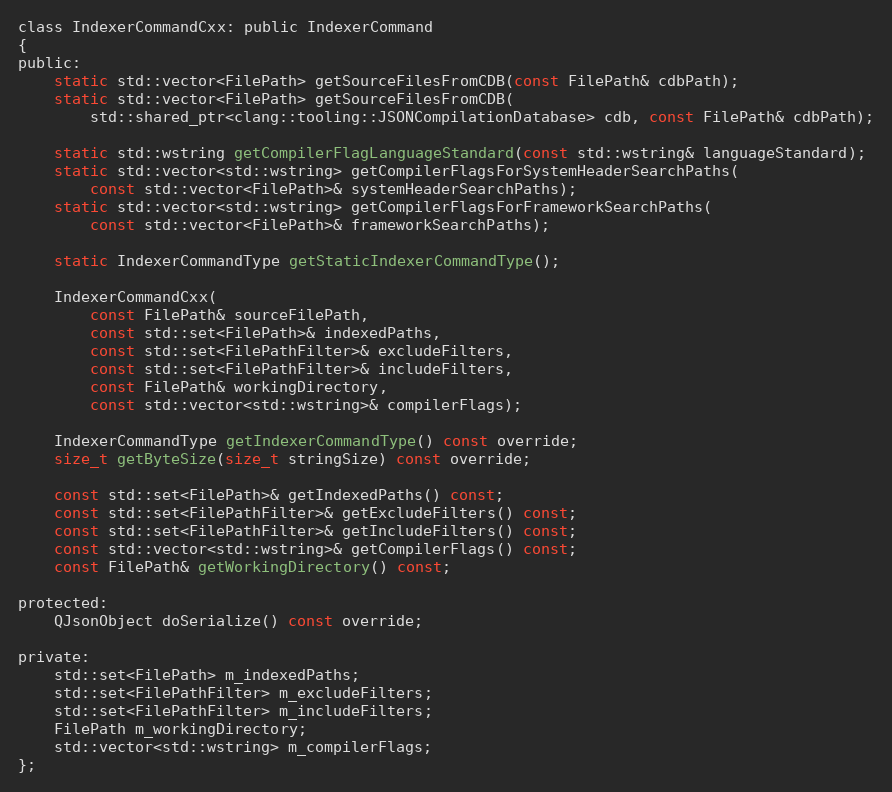
Language: C
class IndexerCommandCxx: public IndexerCommand
{
public:
	static std::vector<FilePath> getSourceFilesFromCDB(const FilePath& cdbPath);
	static std::vector<FilePath> getSourceFilesFromCDB(
		std::shared_ptr<clang::tooling::JSONCompilationDatabase> cdb, const FilePath& cdbPath);

	static std::wstring getCompilerFlagLanguageStandard(const std::wstring& languageStandard);
	static std::vector<std::wstring> getCompilerFlagsForSystemHeaderSearchPaths(
		const std::vector<FilePath>& systemHeaderSearchPaths);
	static std::vector<std::wstring> getCompilerFlagsForFrameworkSearchPaths(
		const std::vector<FilePath>& frameworkSearchPaths);

	static IndexerCommandType getStaticIndexerCommandType();

	IndexerCommandCxx(
		const FilePath& sourceFilePath,
		const std::set<FilePath>& indexedPaths,
		const std::set<FilePathFilter>& excludeFilters,
		const std::set<FilePathFilter>& includeFilters,
		const FilePath& workingDirectory,
		const std::vector<std::wstring>& compilerFlags);

	IndexerCommandType getIndexerCommandType() const override;
	size_t getByteSize(size_t stringSize) const override;

	const std::set<FilePath>& getIndexedPaths() const;
	const std::set<FilePathFilter>& getExcludeFilters() const;
	const std::set<FilePathFilter>& getIncludeFilters() const;
	const std::vector<std::wstring>& getCompilerFlags() const;
	const FilePath& getWorkingDirectory() const;

protected:
	QJsonObject doSerialize() const override;

private:
	std::set<FilePath> m_indexedPaths;
	std::set<FilePathFilter> m_excludeFilters;
	std::set<FilePathFilter> m_includeFilters;
	FilePath m_workingDirectory;
	std::vector<std::wstring> m_compilerFlags;
};